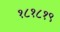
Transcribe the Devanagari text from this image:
१८१८१९